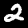
Digit: 2